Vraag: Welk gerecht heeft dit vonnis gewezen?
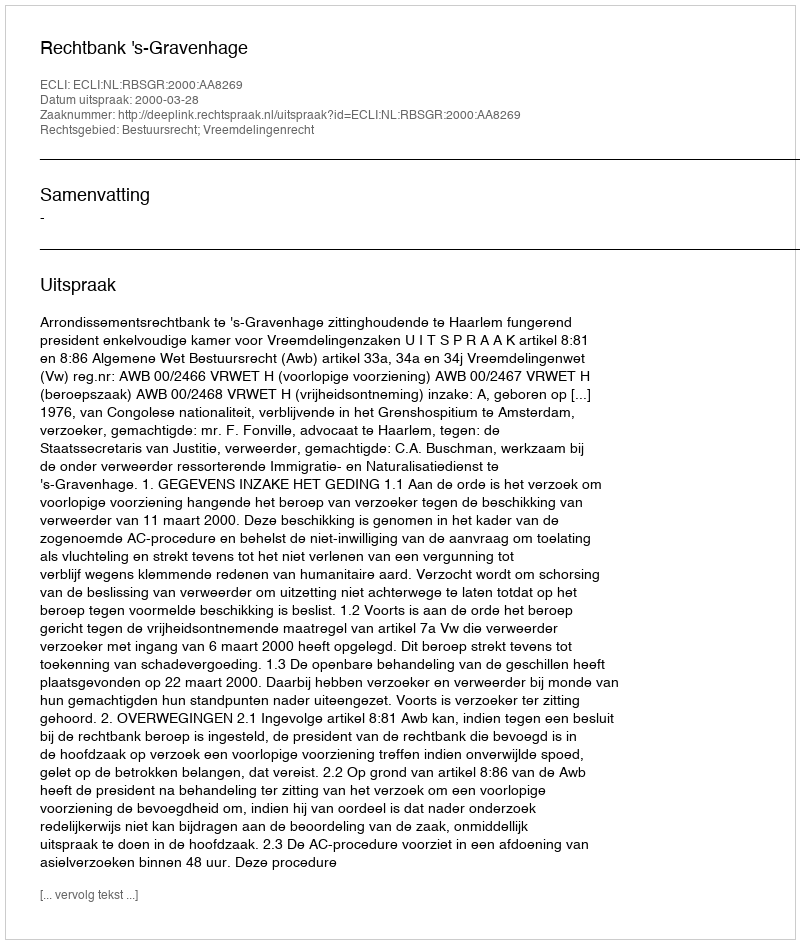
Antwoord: Rechtbank 's-Gravenhage